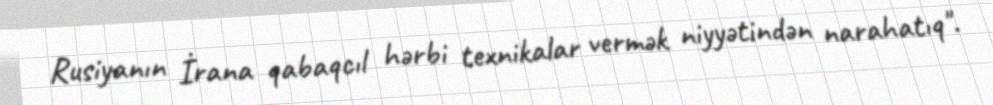
Rusiyanın İrana qabaqcıl hərbi texnikalar vermək niyyətindən narahatıq".